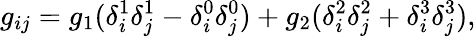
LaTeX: g_{ij}=g_{1}(\delta_{i}^{1}\delta_{j}^{1}-\delta_{i}^{0}\delta_{j}^{0})+g_{2}(\delta_{i}^{2}\delta_{j}^{2}+\delta_{i}^{3}\delta_{j}^{3}),